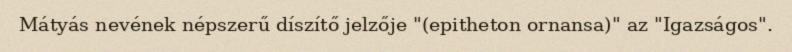
Mátyás nevének népszerű díszítő jelzője "(epitheton ornansa)" az "Igazságos".